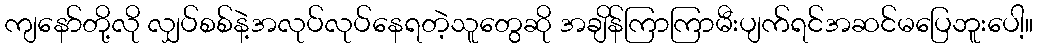
ကျနော်တို့လို လျှပ်စစ်နဲ့အလုပ်လုပ်နေရတဲ့သူတွေဆို အချိန်ကြာကြာမီးပျက်ရင်အဆင်မပြေဘူးပေါ့။